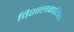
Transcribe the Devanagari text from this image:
विशालकायिक